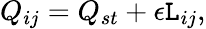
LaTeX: Q_{ij}=Q_{st}+\epsilon\mathtt{L}_{ij},